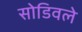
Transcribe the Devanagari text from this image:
सोडिवले